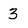
Character: 3